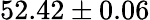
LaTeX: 52.42\pm 0.06